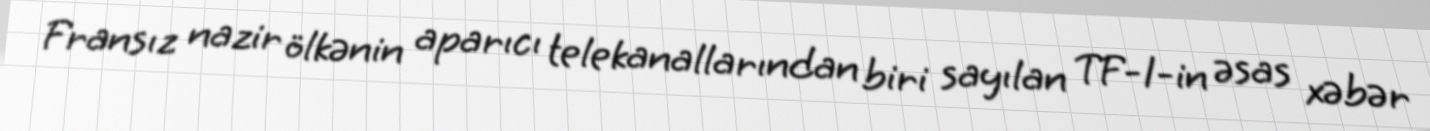
Fransız nazir ölkənin aparıcı telekanallarından biri sayılan TF-1-in əsas xəbər